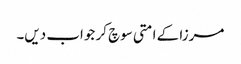
مرزا کے امتی سوچ کر جواب دیں۔